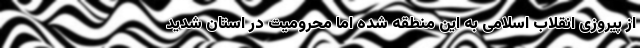
از پیروزی انقلاب اسلامی به این منطقه شده اما محرومیت در استان شدید